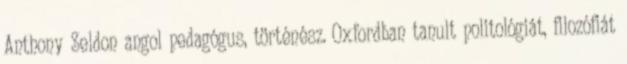
Anthony Seldon angol pedagógus, történész. Oxfordban tanult politológiát, filozófiát